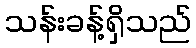
သန်းခန့်ရှိသည်